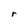
Character: r